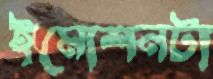
ইমোশনটা